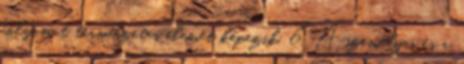
folyamat természetes elemét képezik. 6. A személyes és a